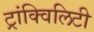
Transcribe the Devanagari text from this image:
ट्रांक्विलिटी